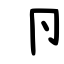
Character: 卪